Leaving Certificate Examination, 1921
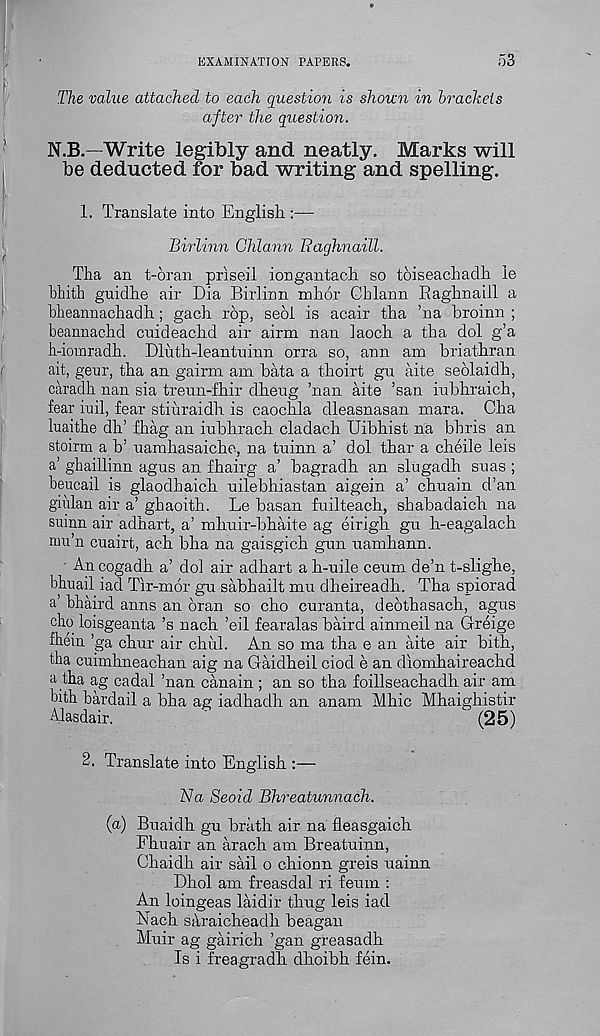
EXAMINATION PAPERS.
53
The value attached to each questiori is shoun in brackets
after the question.
N.B.—Write legibly and neatly. Marks will
be deducted for bad writing and spelling.
1. Translate into English :—
Birlinn Chlann Tiaghnaill.
Tha an t-6ran priseil iongantach so toiseachadh le
bhitli guidhe air Dia Birlinn mhor Ghlann Baghnaill a
hheannachadh; gach rop, sedi is acair tha ’na broinn ;
beannachd cuideachd air airm nan iaoch a tha dol g’a
h-ioinradh. Dluth-leantuinn orra so, ann am briathran
ait, gear, tha an gairm am bata a thoirt gu aite seolaidh,
caradh nan sia treun-fhir dheug ’nan aite ’san iubhraich,
fear rail, fear stiuraidh is caochla dleasnasan mara. Cha
luaithe dh’ fhag an iubhrach cladach Uibhist na bhris an
stoirm a b ! namhasaiche, na tuinn a’ dol thar a cheile leis
a’ gbaillinn agus an fhairg a’ bagradh an slugadh snas ;
beucail is glaodbaich nilebhiastan aigein a’ chnain d’an
giiilan air a’ ghaoith. Le basan fuilteach, shabadaich na
suinn air adhart, a’ mhnir-bhaite ag eirigh gn h-eagalach
nni’n cuairt, aeh bha na gaisgich gun uamhann.
' An cogadh a’ do] air adhart a h-uile ceum de’n t-slighe,
bhnail iad Tir-mor gu sabhailt mu dheireadh. Tha spiorad
a’ bhaird anns an bran so cho curanta, debthasach, agus
cho loisgeanta’s nach ’eil fearalas baird ainmeil na Greige
fhein ’ga chur air chid. An so ma tha e an aite air bith,
tba cuimhneachan aig na Gaidheil ciod e an diomhaireachd
a tha ag cadal ’nan canain ; an so tha foillseachadh air am
bith bardail a bha ag iadhadh an anam Mhic Mhaighistir
Alasdair.
(25)
2. Translate into English :—
ZVa Seoid Bhreatunnach.
(a) Buaidh gu brath air na fleasgaich
Fhuair an arach am Breatuinn,
Chaidh air sail o chionn greis uainn
Dhol am freasdal ri feum :
An loingeas laidir thug leis iad
Nach saraicheadh beagan
Muir ag gairich ’gan greasadh
Is i freagradh dhoibh fein.